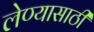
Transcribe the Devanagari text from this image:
लेण्यासाठी